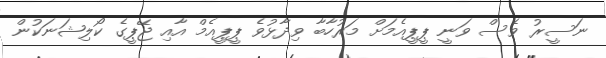
ނަސީރު ވެސް ވަނީ ޕީޕީއެމަށް މަރުހާބާ ވިދާޅުވެ ޕީޕީއެމް އާއި ޖޭޕީގެ ކޯލިޝަނަކުން